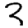
Digit: 3